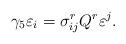
LaTeX: \begin{align*}\gamma_{5}\varepsilon_{i}=\sigma_{ij}^{r}Q^{r}\varepsilon^{j}. \end{align*}